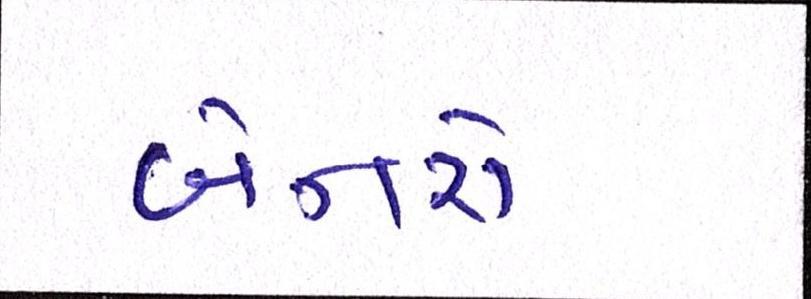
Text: બેનરો